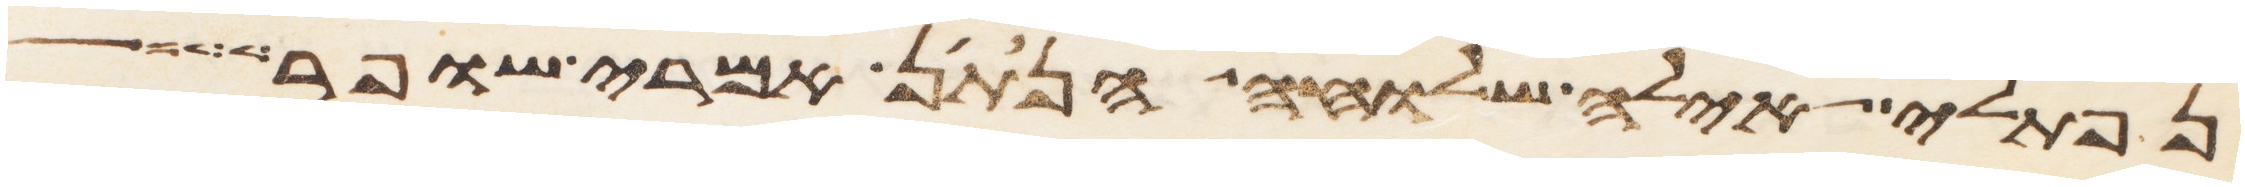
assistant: נפתלי אילה שלוחה הנתן אמרי שפר